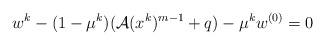
LaTeX: \begin{align*} w^k-(1-\mu^k)(\mathcal{A}(x^k)^{m-1} + q)-\mu^k w^{(0)}=0 \end{align*}